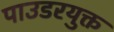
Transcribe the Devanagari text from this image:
पाउडरयुक्त